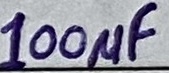
Text: 100µF